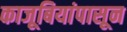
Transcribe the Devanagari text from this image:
काजूबियांपासून